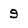
Character: 9